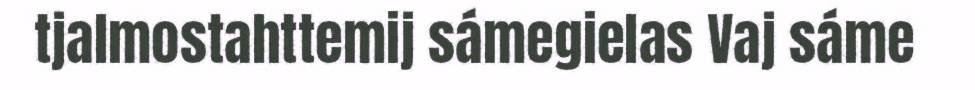
tjalmostahttemij sámegielas Vaj sáme